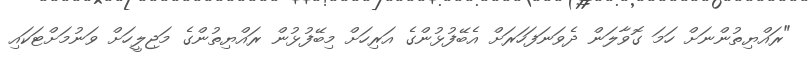
"ރައްޔިތުންނަށް ހަމަ ގޮވާލަން ދެވަނަފަހަރަށް އެބޭފުޅުންގެ އަރިހަށް މިބޭފުޅުން ރައްޔިތުންގެ މަޖިލީހަށް ވަނުމަށްޓަކައި